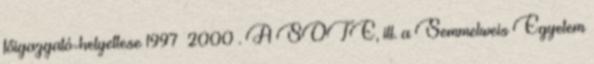
főigazgató-helyettese 1997–2000 . A SOTE, ill. a Semmelweis Egyetem